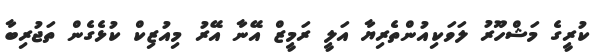
ކުރީގެ މަޝްހޫރު ލަވަކިއުންތެރިޔާ އަލީ ރަމީޒް އޭނާ އޭރު މިއުޒިކް ކުޅެގެން ތަޖުރިބާ